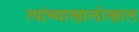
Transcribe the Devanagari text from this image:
त्यांच्याखालोखाल